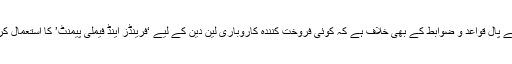
یہ پے پال قواعد و ضوابط کے بھی خلاف ہے کہ کوئی فروخت کنندہ کاروباری لین دین کے لیے ‘فرینڈز اینڈ فیملی پیمنٹ’ کا استعمال کرے۔